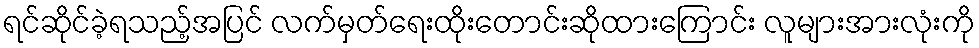
ရင်ဆိုင်ခဲ့ရသည့်အပြင် လက်မှတ်ရေးထိုးတောင်းဆိုထားကြောင်း လူများအားလုံးကို